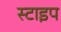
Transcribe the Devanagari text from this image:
स्टाइप